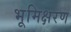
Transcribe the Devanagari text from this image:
भूमिक्षरण